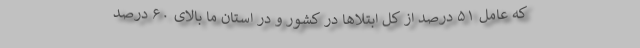
که عامل ۵۱ درصد از کل ابتلاها در کشور و در استان ما بالای ۶۰ درصد